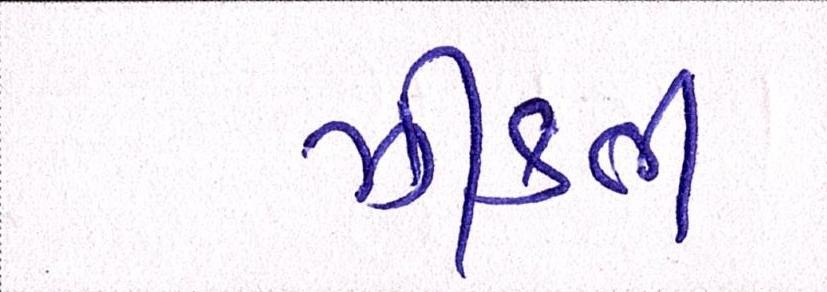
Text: ઝીંકતી